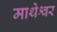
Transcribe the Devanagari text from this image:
माथेश्वर